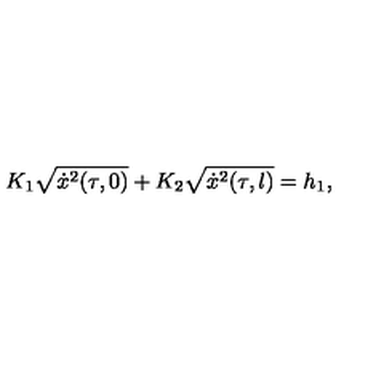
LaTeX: K _ { 1 } \sqrt { \dot { x } ^ { 2 } ( \tau , 0 ) } + K _ { 2 } \sqrt { \dot { x } ^ { 2 } ( \tau , l ) } = h _ { 1 } ,